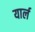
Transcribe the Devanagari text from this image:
यार्ल